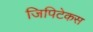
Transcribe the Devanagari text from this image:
जिपिटेकस